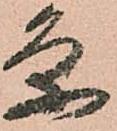
条